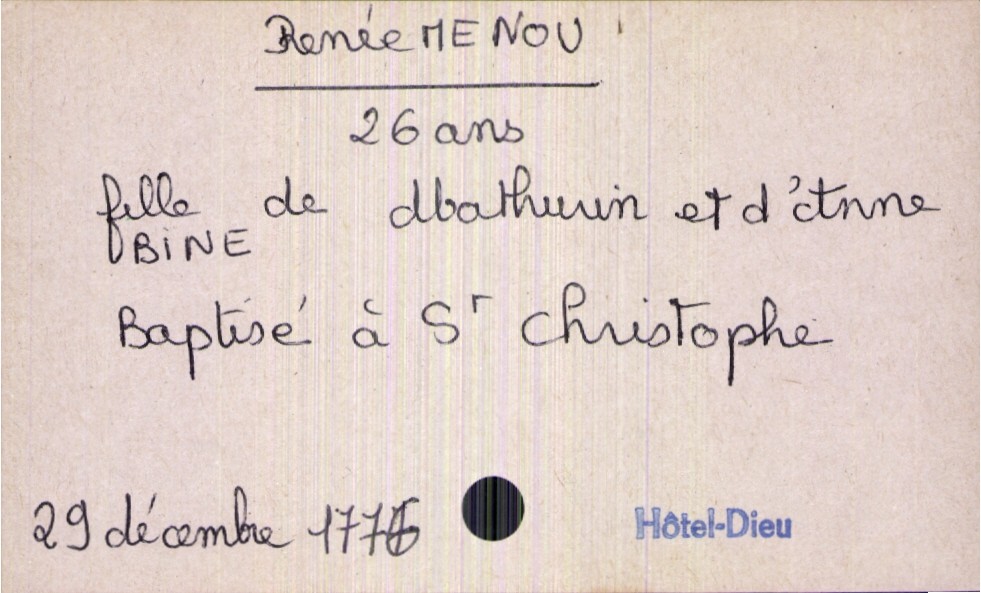
type_acte: Décès
année: 1776
mois: décembre
jour: 29
paroisse: Hôtel-Dieu
défunt_nom: Menou
défunt_prénom: Renée
défunt_sexe: F
défunt_âge: 26 ans
défunt_lieu_de_naissance: Saint Christophe
père_défunt_nom: Menou
père_défunt_prénom: Mathurin
mère_défunt_nom: Bine
mère_défunt_prénom: Anne